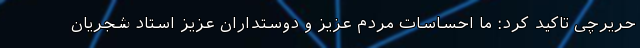
حریرچی تاکید کرد: ما احساسات مردم عزیز و دوستداران عزیز استاد شجریان